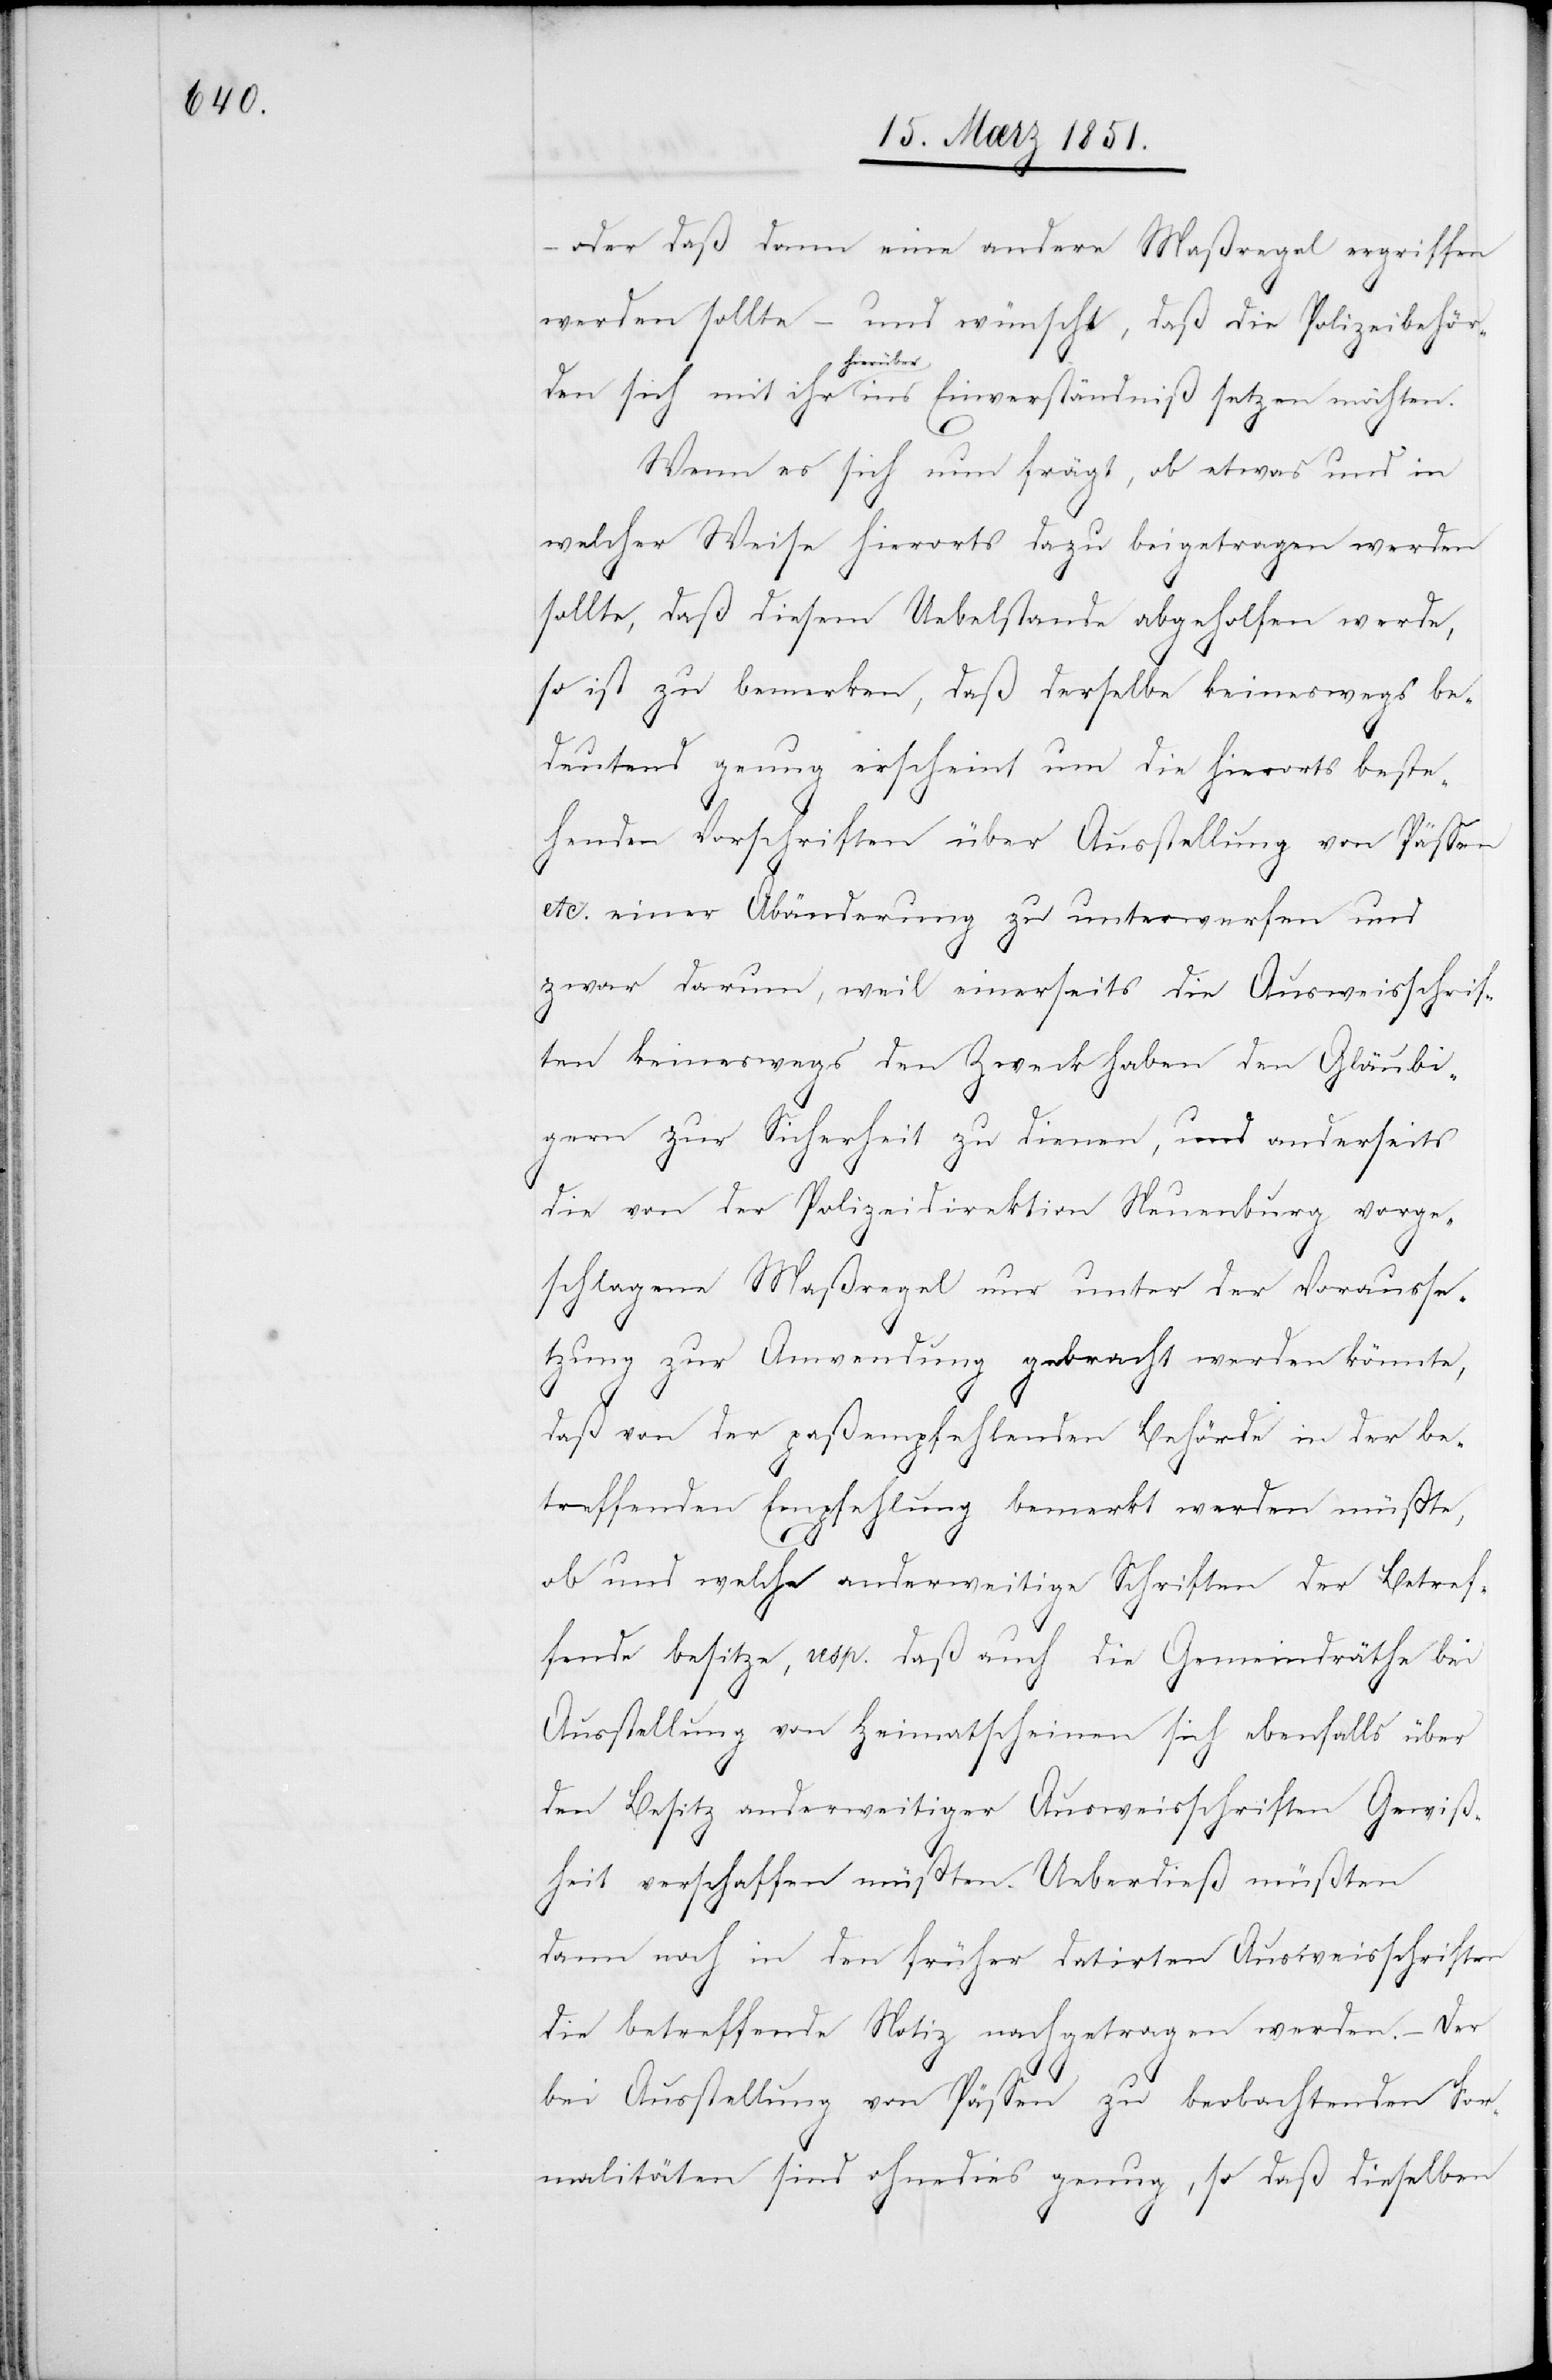
oder daß dann eine andere Maßregel ergriffen
werden sollte – und wünscht, daß die Polizeibehör¬
den sich mit ihr hierüber ins Einverständniß setzen möchten.
Wenn es sich nun frägt, ob etwas und in
welcher Weise hierorts dazu beigetragen werden
sollte, daß diesem Uebelstande abgeholfen werde,
so ist zu bemerken, daß derselbe keineswegs be¬
deutend genug erscheint um die hierorts beste¬
henden Vorschriften über Ausstellung von Pässen
etc. einer Abänderung zu unterwerfen und
zwar darum, weil einerseits die Ausweisschrif¬
ten keineswegs den Zweck haben den Gläubi¬
gern zur Sicherheit zu dienen, und anderseits
die von der Polizeidirektion Neuenburg vorge¬
schlagene Maßregel nur unter der Vorausse¬
tzung zur Anwendung gebracht werden könnte,
daß von der paßempfehlenden Behörde in der be¬
treffenden Empfehlung bemerkt werden müßte,
ob und welche anderweitige Schriften der Betref¬
fende besitze, resp. daß auch die Gemeindräthe bei
Ausstellung von Heimatscheinen sich ebenfalls über
den Besitz anderweitiger Ausweisschriften Gewiß¬
heit verschaffen müßten. Ueberdieß müßten
dann noch in den früher datirten Ausweisschriften
die betreffende Notiz nachgetragen werden. – Der
bei Ausstellung von Pässen zu beobachtenden For¬
malitäten sind ohnedies genug, so daß dieselben